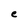
Character: e